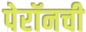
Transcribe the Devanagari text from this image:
पेरॉनची